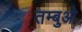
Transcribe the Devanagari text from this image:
तम्बुओ